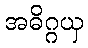
အဓိဂ္ဂယှ